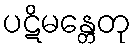
ပဋိမန္တေတု